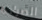
الصراحة